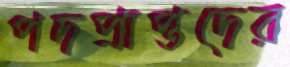
পদপ্রাপ্তদের